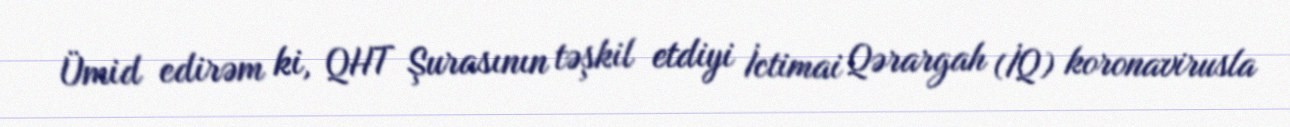
Ümid edirəm ki, QHT Şurasının təşkil etdiyi İctimai Qərargah (İQ) koronavirusla